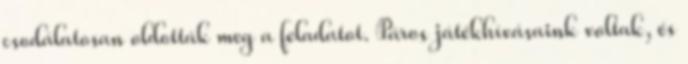
csodálatosan oldották meg a feladatot. Páros játékhívásaink voltak, és